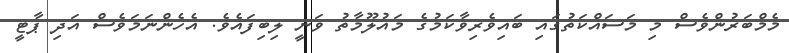
މެމްބަރުންވެސް މި މަސައްކަތުގައި ބައިވެރިވާކަމުގެ މައުލޫމާތު ވަނީ ލިބިފައެވެ. އެހެންނަމަވެސް އަދި ޕާޓީ